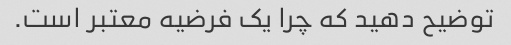
توضیح دهید که چرا یک فرضیه معتبر است.